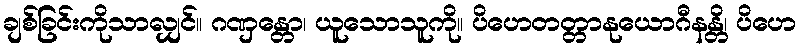
ချစ်ခြင်းကိုသာလျှင်။ ဂဏှန္တော၊ ယူသောသူကို။ ပိဟေတတ္တာနုယောဂီနန္တိ၊ ပိဟေ